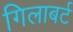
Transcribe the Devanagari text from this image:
गिलाबर्ट